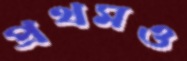
প্রথমও